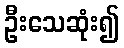
ဦးသေဆုံး၍